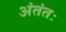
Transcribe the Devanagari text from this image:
अंतंतः